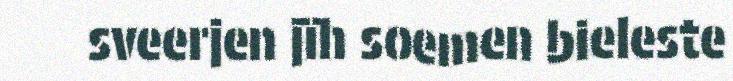
sveerjen jïh soemen bieleste